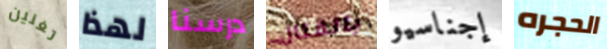
تغنين لهذا درسنا بالقتال إجناسيو الحجره